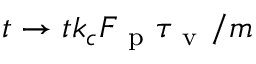
t \rightarrow t k _ { c } F _ { \mathrm { ~ p ~ } } \tau _ { \mathrm { ~ v ~ } } / m